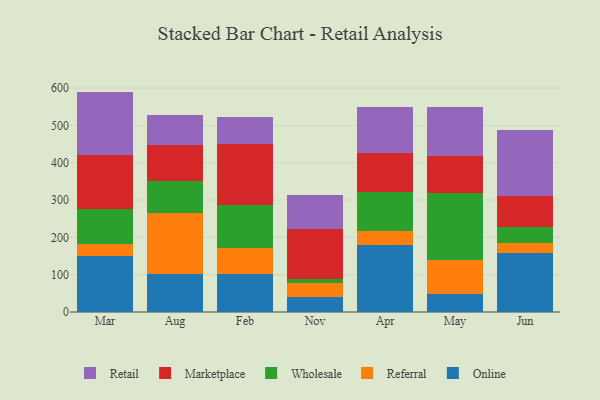
{"axis": {"x": "Month", "y": "Headcount"}, "legend": ["Marketplace", "Online", "Referral", "Retail", "Wholesale"], "data": [{"x": "Mar", "y": 149.3, "type": "Online"}, {"x": "Mar", "y": 32.0, "type": "Referral"}, {"x": "Mar", "y": 93.8, "type": "Wholesale"}, {"x": "Mar", "y": 146.5, "type": "Marketplace"}, {"x": "Mar", "y": 168.9, "type": "Retail"}, {"x": "Aug", "y": 101.3, "type": "Online"}, {"x": "Aug", "y": 162.7, "type": "Referral"}, {"x": "Aug", "y": 86.7, "type": "Wholesale"}, {"x": "Aug", "y": 97.0, "type": "Marketplace"}, {"x": "Aug", "y": 80.0, "type": "Retail"}, {"x": "Feb", "y": 102.5, "type": "Online"}, {"x": "Feb", "y": 68.4, "type": "Referral"}, {"x": "Feb", "y": 115.9, "type": "Wholesale"}, {"x": "Feb", "y": 162.5, "type": "Marketplace"}, {"x": "Feb", "y": 73.7, "type": "Retail"}, {"x": "Nov", "y": 39.5, "type": "Online"}, {"x": "Nov", "y": 37.7, "type": "Referral"}, {"x": "Nov", "y": 12.4, "type": "Wholesale"}, {"x": "Nov", "y": 133.2, "type": "Marketplace"}, {"x": "Nov", "y": 91.8, "type": "Retail"}, {"x": "Apr", "y": 178.7, "type": "Online"}, {"x": "Apr", "y": 39.0, "type": "Referral"}, {"x": "Apr", "y": 103.5, "type": "Wholesale"}, {"x": "Apr", "y": 104.6, "type": "Marketplace"}, {"x": "Apr", "y": 123.4, "type": "Retail"}, {"x": "May", "y": 47.7, "type": "Online"}, {"x": "May", "y": 91.7, "type": "Referral"}, {"x": "May", "y": 178.6, "type": "Wholesale"}, {"x": "May", "y": 99.2, "type": "Marketplace"}, {"x": "May", "y": 132.8, "type": "Retail"}, {"x": "Jun", "y": 157.0, "type": "Online"}, {"x": "Jun", "y": 26.9, "type": "Referral"}, {"x": "Jun", "y": 44.2, "type": "Wholesale"}, {"x": "Jun", "y": 83.2, "type": "Marketplace"}, {"x": "Jun", "y": 175.2, "type": "Retail"}]}